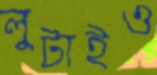
লুটাইও